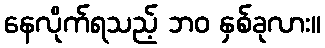
နေလိုက်ရသည့် ဘဝ နှစ်ခုလား။